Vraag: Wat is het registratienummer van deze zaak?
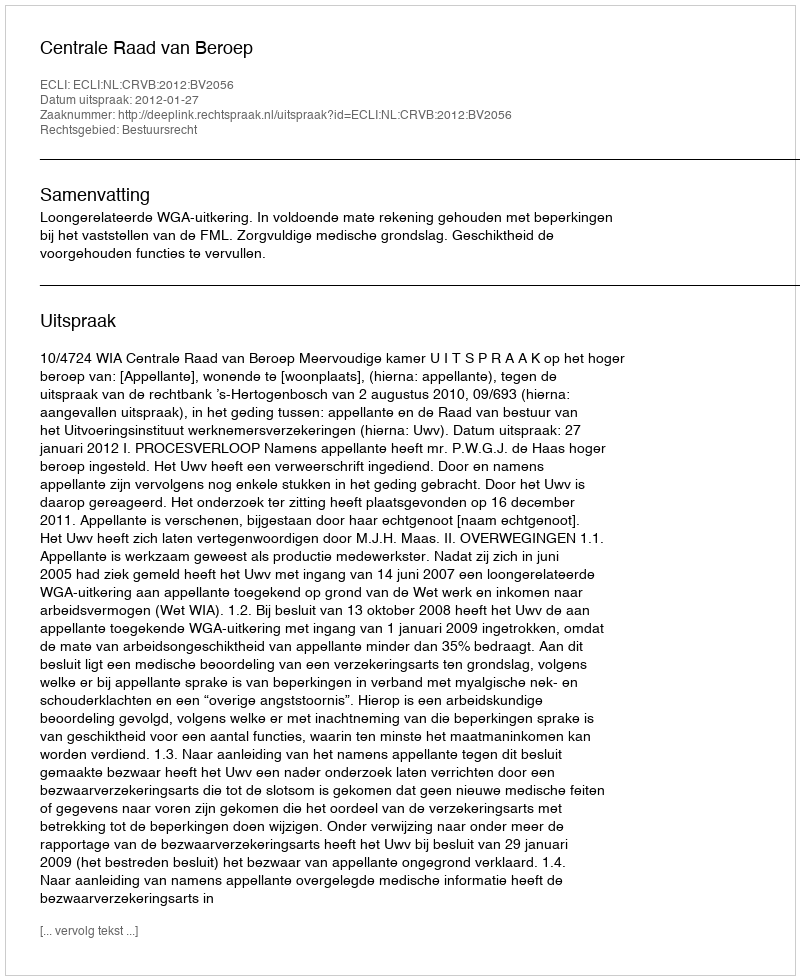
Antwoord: http://deeplink.rechtspraak.nl/uitspraak?id=ECLI:NL:CRVB:2012:BV2056